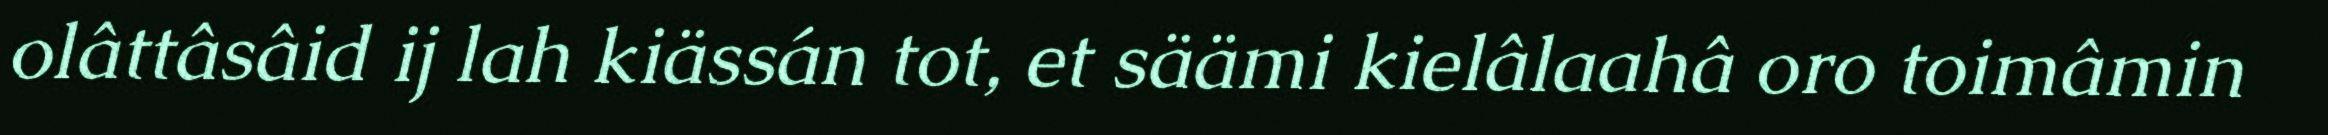
olâttâsâid ij lah kiässán tot, et säämi kielâlaahâ oro toimâmin